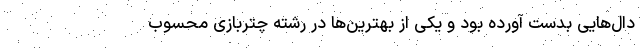
دال‌هایی بدست آورده بود و یکی از بهترین‌ها در رشته چتربازی محسوب